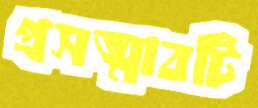
প্রসত্মাবটি